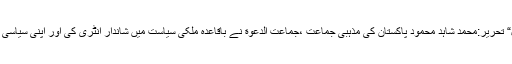
پاکستان کی موروثی سیاست میں ہلچل“ تحریر:محمد شاہد محمود پاکستان کی مذہبی جماعت ،جماعت الدعوة نے باقاعدہ ملکی سیاست میں شاندار انٹری کی اور اپنی سیاسی جمات کا نام ملی مسلم لیگ رکھا ہے۔